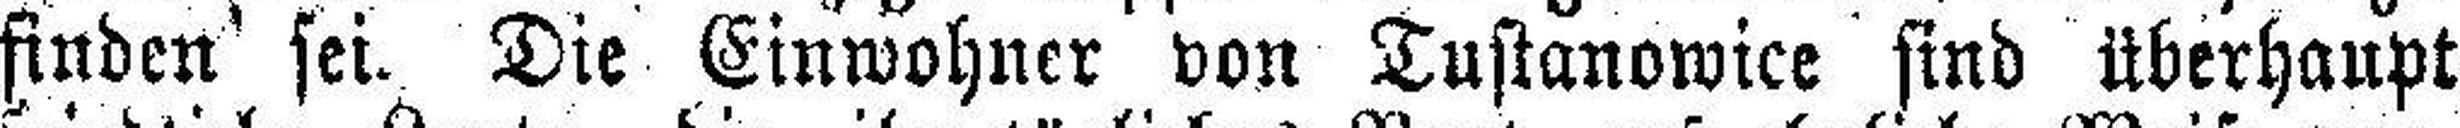
finden sei. Die Einwohner von Tustanowice sind überhaupt